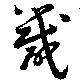
箴